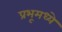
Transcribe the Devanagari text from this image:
प्रभूमध्ये